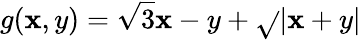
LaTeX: g(\mathbf{x},y)=\sqrt{{3}}{{\mathbf{x}-y}}+\sqrt{}{{|\mathbf{x}+y|}}